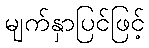
မျက်နှာပြင်ဖြင့်